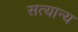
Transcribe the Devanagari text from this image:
सत्यान्य